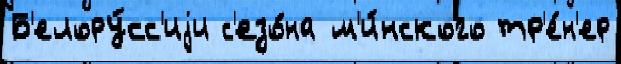
Б'елору́сс'иjи с'езо́на м'и́нского тр'е́н'ер